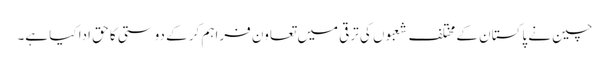
چین نے پاکستان کے مختلف شعبوں کی ترقی میں تعاون فراہم کر کے دوستی کا حق ادا کیا ہے۔